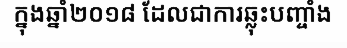
ក្នុងឆ្នាំ២០១៨ ដែលជាការឆ្លុះបញ្ចាំង